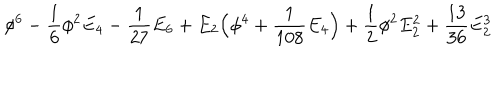
\phi ^ { 6 } - { \frac { 1 } { 6 } } \phi ^ { 2 } E _ { 4 } - { \frac { 1 } { 2 7 } } E _ { 6 } + E _ { 2 } \Big ( \phi ^ { 4 } + { \frac { 1 } { 1 0 8 } } E _ { 4 } \Big ) + { \frac { 1 } { 2 } } \phi ^ { 2 } E _ { 2 } ^ { 2 } + { \frac { 1 3 } { 3 6 } } E _ { 2 } ^ { 3 }